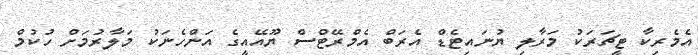
އެމެރިކާ ޓީޗަރަކު މަރާލި ޔުނައިޓެޑް އެރަބް އެމްރޭޓްސް ޔޫއޭއީގެ އަންހެނަކު މަލާރުމަށް ހުކުމް